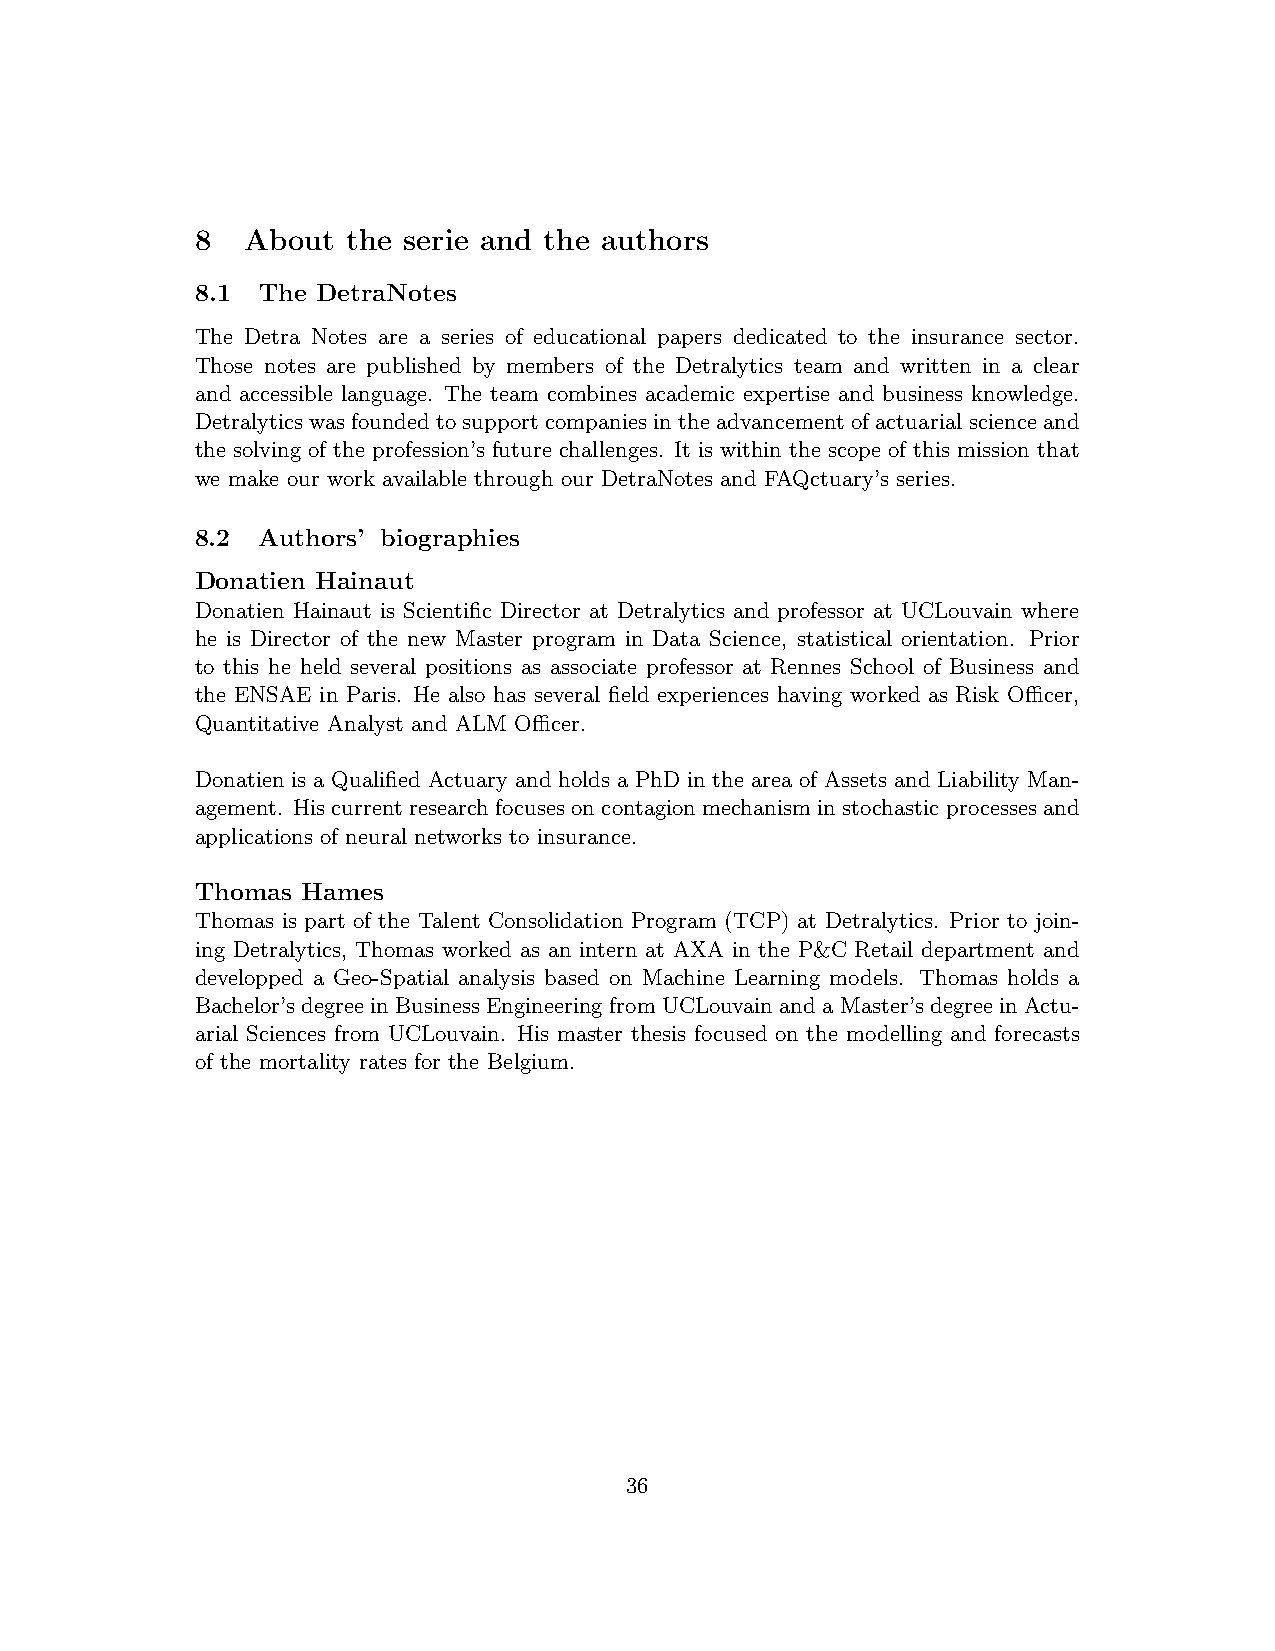
8  About  the serie and the authors
 8.1 The DetraNotes
 The Detra Notes are a series of educational papers dedicated to the insurance sector.
 Those notes are published by members of the Detralytics team and written in a clear
 and accessible language. The team combines academic expertise and business knowledge.
 Detralytics was founded to support companies in the advancement of actuarial science and
 the solving of the profession’s future challenges. It is within the scope of this mission that
 we make our work available through our DetraNotes and FAQctuary’s series.
 8.2 Authors’ biographies
 Donatien Hainaut
 Donatien Hainaut is Scientific Director at Detralytics and professor at UCLouvain where
 he is Director of the new Master program in Data Science, statistical orientation. Prior
 to this he held several positions as associate professor at Rennes School of Business and
 the ENSAE in Paris. He also has several field experiences having worked as Risk Officer,
 Quantitative Analyst and ALM Officer.
 Donatien is a Qualified Actuary and holds a PhD in the area of Assets and Liability Man-
 agement. His current research focuses on contagion mechanism in stochastic processes and
 applications of neural networks to insurance.
 Thomas Hames
 Thomas is part of the Talent Consolidation Program (TCP) at Detralytics. Prior to join-
 ing Detralytics, Thomas worked as an intern at AXA in the P&C Retail department and
 developped a Geo-Spatial analysis based on Machine Learning models. Thomas holds a
 Bachelor’s degree in Business Engineering from UCLouvain and a Master’s degree in Actu-
 arial Sciences from UCLouvain. His master thesis focused on the modelling and forecasts
 of the mortality rates for the Belgium.
 36